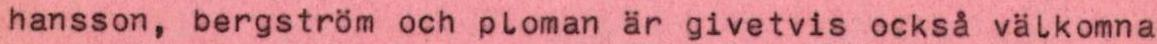
hansson, bergström och ploman är givetvis också välkomna